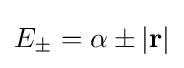
E_{\pm }=\alpha \pm |\mathbf {r} |